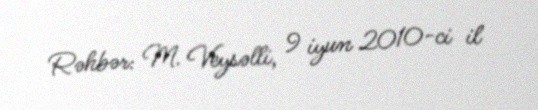
Rəhbər: M. Veysəlli, 9 iyun 2010-ci il